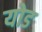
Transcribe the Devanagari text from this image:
योड